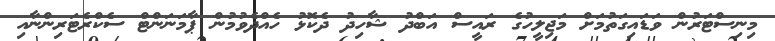
މިނިސްޓަރުން ވަޑައިގަތުމަށް މަޖިލީހުގެ ރައީސް އަބްދު ޝާހިދު ދެކޮޅު ހެއްދެވުމުން ޕާމަނަންޓް ސެކްރެޓަރިންނާއި